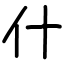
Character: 什